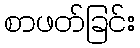
စာဖတ်ခြင်း